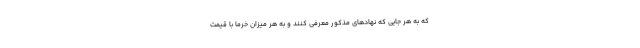
که به هر جایی که نهادهای مذکور معرفی کنند و به هر میزان خرما با قیمت